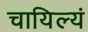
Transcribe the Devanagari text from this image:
चायिल्यं